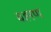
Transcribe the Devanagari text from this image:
बह्मण